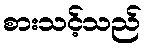
စားသင့်သည်